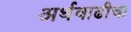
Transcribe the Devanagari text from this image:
अर्थवाढीचा